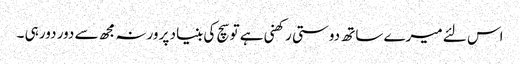
اس لئے میرے ساتھ دوستی رکھنی ہے تو سچ کی بنیاد پر ورنہ مجھ سے دور دور ہی ۔